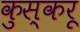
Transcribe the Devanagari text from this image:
कुस्करू